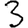
Digit: 3